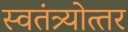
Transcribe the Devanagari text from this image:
स्वतंत्र्योत्‍तर